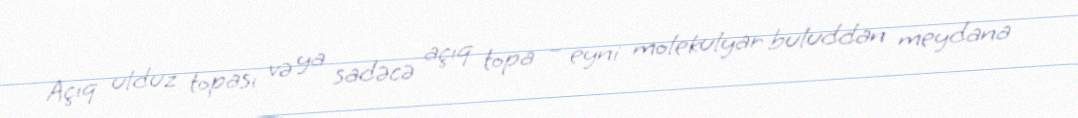
Açıq ulduz topası və ya sadəcə açıq topa – eyni molekulyar buluddan meydana